Civil Veterinary Dept. Bombay admin report 1907-1913 - 1907-1913
Year: 1907
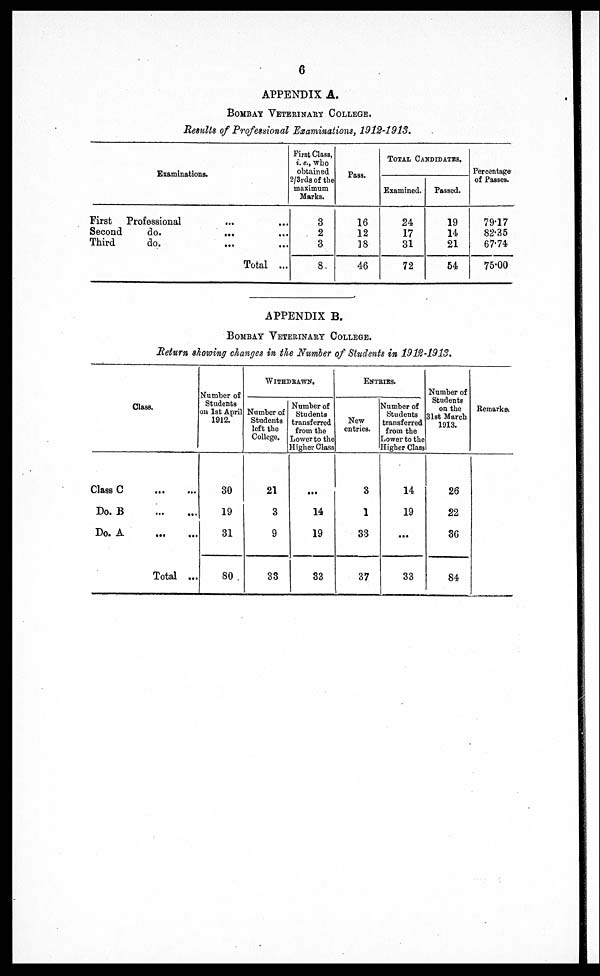
6
APPENDIX A.
BOMBAY VETERINARY COLLEGE.
Results of Professional Examinations, 1912-1918.
Examinations.
First Professional ... ...
Second
do.
... ...
Third
do. ... ...
Total ...
First Class,
i. e., who
obtained
2/3rds of the
maximum
Marks.
3
2
3
8
Pass.
16
12
18
46
TOTAL CANDIDATES.
Examined.
24
17
31
72
Passed.
19
14
21
54
Percentage
of Passes.
79.17
82.35
67.74
75.00
APPENDIX B.
Bombay Veterinary College.
Return showing changes in the Number of Students in 1912-1913.
Class.
Class C
Do. B
Do. A
...
...
...
...
...
...
Total
...
Number of
Students
on 1st April
1912.
30
19
31
80
WITHDRAWN.
Number of
Students
left the
College.
21
3
9
33
Number of
Students
transferred
from the
Lower to the
Higher Class
...
14
19
33
Entries.
New
entries.
3
1
33
37
Number of
Students
transferred
from the
Lower to the
Higher Class
14
19
...
33
Number of
Students
on the
31st March
1913.
26
22
36
84
Remarks.